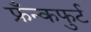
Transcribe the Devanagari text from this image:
फ्रँन्कफुर्ट